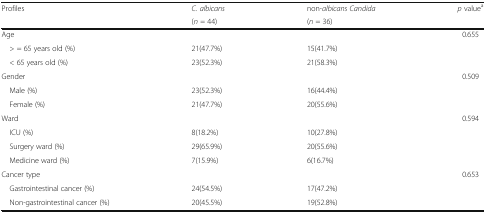
<table><thead><tr><td rowspan="2"><b>Profiles</b></td><td><b><i>C. albicans</i></b></td><td><b>non<i>-albicans Candida</i></b></td><td rowspan="2"><b><i>p</i> value<sup>a</sup></b></td></tr><tr><td><b>(<i>n</i> = 44)</b></td><td><b>(<i>n</i> = 36)</b></td></tr></thead><tbody><tr><td>Age</td><td></td><td></td><td>0.655</td></tr><tr><td> &gt; = 65 years old (%)</td><td>21(47.7%)</td><td>15(41.7%)</td><td></td></tr><tr><td> &lt; 65 years old (%)</td><td>23(52.3%)</td><td>21(58.3%)</td><td></td></tr><tr><td>Gender</td><td></td><td></td><td>0.509</td></tr><tr><td> Male (%)</td><td>23(52.3%)</td><td>16(44.4%)</td><td></td></tr><tr><td> Female (%)</td><td>21(47.7%)</td><td>20(55.6%)</td><td></td></tr><tr><td>Ward</td><td></td><td></td><td>0.594</td></tr><tr><td> ICU (%)</td><td>8(18.2%)</td><td>10(27.8%)</td><td></td></tr><tr><td> Surgery ward (%)</td><td>29(65.9%)</td><td>20(55.6%)</td><td></td></tr><tr><td> Medicine ward (%)</td><td>7(15.9%)</td><td>6(16.7%)</td><td></td></tr><tr><td>Cancer type</td><td></td><td></td><td>0.653</td></tr><tr><td> Gastrointestinal cancer (%)</td><td>24(54.5%)</td><td>17(47.2%)</td><td></td></tr><tr><td> Non-gastrointestinal cancer (%)</td><td>20(45.5%)</td><td>19(52.8%)</td><td></td></tr></tbody></table>